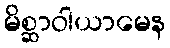
မိစ္ဆာဝါယာမေန